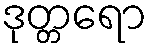
ဒုတ္တရော